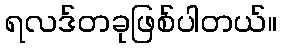
ရလဒ်တခုဖြစ်ပါတယ်။